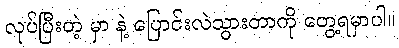
လုပ်ပြီးတဲ့ မှာ နဲ့ ပြောင်းလဲသွားတာကို တွေ့ရမှာပါ။